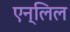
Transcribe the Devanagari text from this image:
एन्लिल